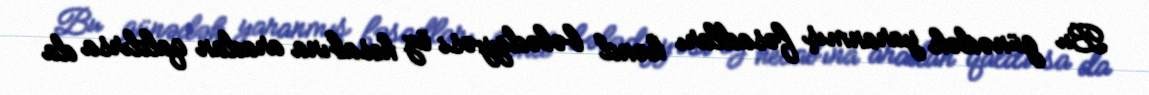
Bu günədək yaranmış fəsadları kənd bələdiyyəsi öz hesabına aradan qaldırsa da